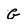
Character: G